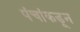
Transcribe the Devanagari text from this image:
पंचांकडून